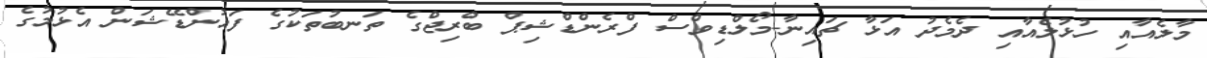
މާލެއާއި ހުޅުލެއާއި ދެމެދު އަޅާ ޗައިނާ-މޯލްޑިވްސް ފްރެންޑްޝިޕް ބްރިޖްގެ ތަނބުތަކުގެ ފައުންޑޭޝަން އެޅުމުގެ